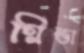
গ্লিন্ডা